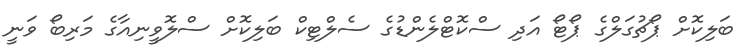
ބަލިކޮށް ޕޯޗުގަލްގެ ޕޯޓޯ އަދި ސްކޮޓްލެންޑުގެ ސެލްޓިކް ބަލިކޮށް ސްލޮވީނިއާގެ މަރިބޯ ވަނީ